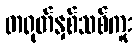
တရုတ်နှစ်သစ်ကူး